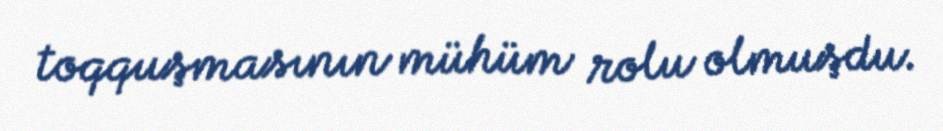
toqquşmasının mühüm rolu olmuşdu.